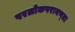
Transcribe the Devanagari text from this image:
परलोकपरायण्ता